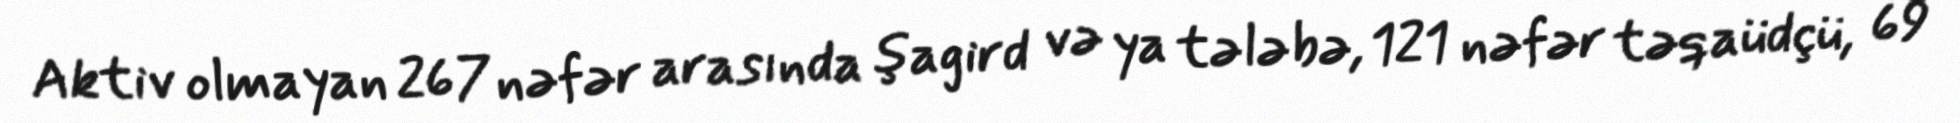
Aktiv olmayan 267 nəfər arasında şagird və ya tələbə, 121 nəfər təqaüdçü, 69